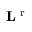
{ \bf L } ^ { \mathrm { ~ r ~ } }